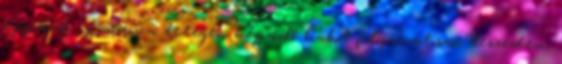
egy órát. Közben a tetején képződő habot folyamatosan leszedem.